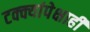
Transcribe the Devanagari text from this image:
टक्क्यांपेक्षाही